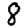
Digit: 8